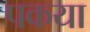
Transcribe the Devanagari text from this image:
पकया